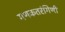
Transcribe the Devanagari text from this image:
गणकतरंगिणी